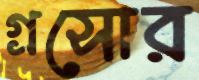
গ্রসোর